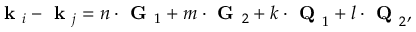
\textbf { k } _ { i } - \textbf { k } _ { j } = n \cdot \textbf { G } _ { 1 } + m \cdot \textbf { G } _ { 2 } + k \cdot \textbf { Q } _ { 1 } + l \cdot \textbf { Q } _ { 2 } ,